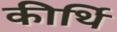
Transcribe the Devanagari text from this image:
कीर्थि